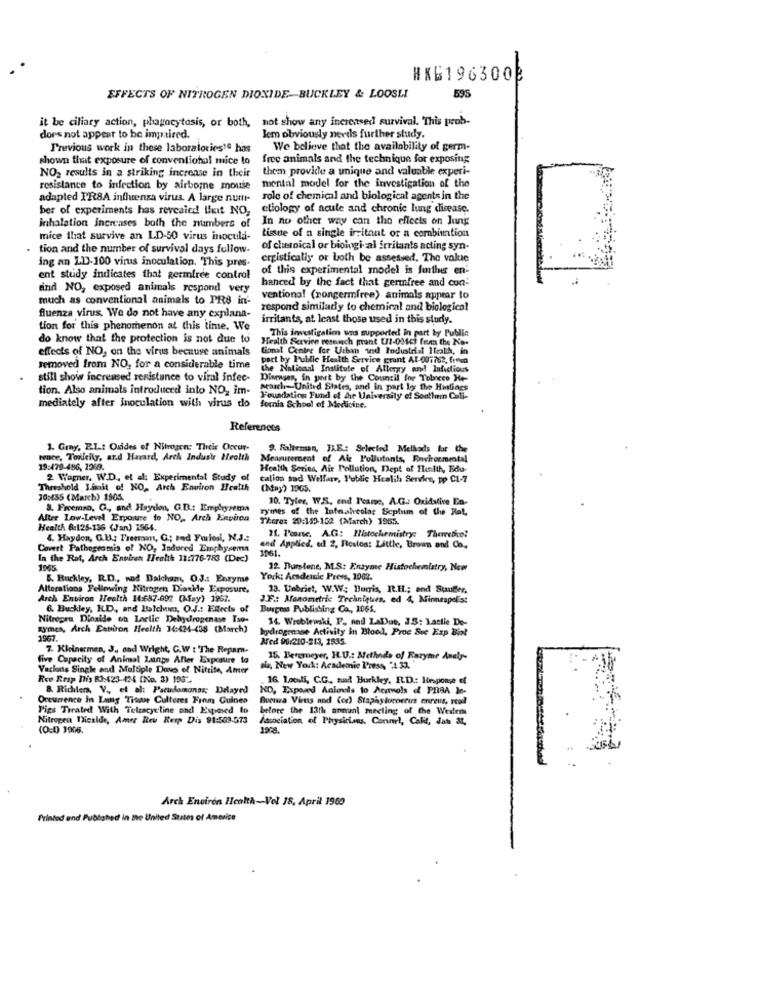
#KG196300
EFFECTS OF NITROGEN DIOXIDE-BUCKLEY & LOOSLI
595
it be ciliary action, phagocytosis, or both, not show any increased survival. This prob-
does not appear to be impaired.
Jem obviously needs further study.
Previous work in these laboralocies1ª has
We believe that the availability of germ-
shown that exposure of conventional mice to
free animals and the technique for exposing
NO2 results in a striking increase in their
them provide a unique and valuable experi-
resistance to infection by airborne mouse
mental model for the investigation of the
adapted PRSA influenza virus. A large num-
role of chemical and biological agents in the
ber of experiments has revealed that NO,
etiology of acute and chronic lung disease.
In no other way can the effects on Jung
inhalation increases both the numbers of
tissue of a single irritant or a combination
mice that survive an LD-50 virus inocula-
tion and the number of survival days follow.
of chernical or biologi- al irritants acting syn-
ing an LD-100 virus inoculation. This pres-
crgistically or both be assessed. The value
of this experimental model is forthe en-
ent study indicates that germfree control
hanced by the fact that germfree and con-
sind NO, exposed animals respond very
much as conventional animals to PR8 in'
ventional (nongermfree) animals appear to
respond similarly to chemical and biological
fluenza virus. We do not have any explana-
irritants, at least those used in this study.
tion for this phenomenon at this time, We
This investigation was supported in part by Public
do know that the protection is not due to
Health Service research prant UZ-034ci from the No:
effects of NO, on the virus because animals
Gonal Center for Urban und Industrial Ilrath, in
part by Public Health Service grant AT-007762, freco
removed from NO, for a considerable time
the National Institute of Allergy am! Infectious
still show increased resistance to viral infec-
Dinenses, in part by the Council for Tobacco He-
tion. Also animals introduced into NO, im-
March- United States, and in part ly the Hastings
mediately after inoculation with virus do
Foundation Fund of de University of Southem Cali-
fornia School of Medicine.
References
1. Gray, E.L .: Ouides of Nitrogen: Their Occur-
9. Salteman, JAE .: Selected Melhads for the
Noce, Tooleily, ar.d Harvard, Arch Industr Health
Measurement of Air Pollutants, Environmental
19:479-486, 1269.
Health Series, Air Pollution, Dept of Health, Edu-
2 Wagner. W.D ., et al: Experimental Study of
calion sad Welfare, Public Health Service, pp C1-7
Threshold Limit of NO, Arch Environ Health
(May) 10G5.
30:455 (March) 1905.
10. Tyler, W.S. end Pcane, A.G .: Oxidative En-
3. Freemso, G, and Haydon, G.B .: Emphysema
rymes of the Intnahrcolas Scplum of the Rat,
Alter Low-Level Erpoure to NO_ Arch Environ
There: 20:159-152 (March) 1965.
Health 8:125-136 (Jan) 1564.
4. Haydon, G.U .: Freeroam, G; and Furiosi, N.J .:
21. Porse, A.G: Histochemistry: Therrebice!
Covert Pathogenmis of NO, Induced Emphysema
1061.
and Applied, ed 2, Rostos: Little, Brown and Co.
In the Rat, Arch Environ Health 11:776-783 (Dec)
1965
12. nurstone, M.S: Enzyme Histochemistry, Now
&. Buckley, R.D ., rod Dalchaam, O.J .: Enryme
York: Academic Press, 1002.
Alterations Fellowing Nitrogen Dioxide Exposure.
13. Unbriet, W.W: Burris, R.H .; and Suuffer,
Arch Environ Health 14:687-692 (May) 1957.
J.F .: Manometric Techniques, ed 4, Minneapolist
6. Buckley, ILD, and Balchen, O.J .: Effects of
Burgnas Publishing Co ., 1061.
Nitrogen Dioxide oh Lactic Dehydrogenase Tse-
14. Wroblewski, P. nad LaDue, 15: Lastie De-
symes, Arch Eation Health 14:424-438 (March)
hydrogenase Activity in Blood, Proc Sve Exp Biot
1967.
Ared 90:210-313, 1935.
7. Kleinermen, J ., and Wright, C.W : 'The Repam-
five Capacity of Animal Lungs After Exposure to
15. Beremeyer, H.U .: Methods of Eazyme Analy-
Vacions Single and Multiple Doses of Nitrite, Amer
na, New York: Academic Press, "4 33.
Rev Resp His 83-423-424 (No. 3) 105".
16. 1poli, C.C ., sad Hurkley, E.D .: Hesponse of
& Richters, V ., et al: Partedomonas; Delayed
ND, Expand Anloels to Acarvols of PISA Je-
Occurrence In Laing Titane Cultores From Guines
Soenga Virus and (od) Staphylococcus enreus, road
Pigs Treated With Telzacycline and Exposed to
before the 13th annual meeting of the Wexler
Nitrogen Ticalde, Amer Rev Resp Dis 91:509-573
Association of Physicians. Connel, Call, das at,
1908.
Arch Environ Health-Vol 18, April 1960
Printod and Pubtahed in the United States of America